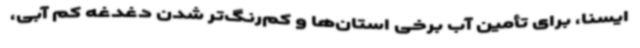
ایسنا، برای تأمین آب برخی استان‌ها و کم‌رنگ‌تر شدن دغدغه کم آبی،